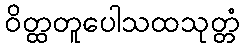
ဝိတ္ထတူပေါသထသုတ္တံ